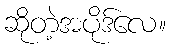
ဆိုတဲ့အပိုဒ်လေ။